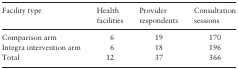
| Facility type | Health facilities | Provider respondents | Consultation sessions |
 | --- | --- | --- | --- |
 | Comparison arm | 6 | 19 | 170 |
 | Integra intervention arm | 6 | 18 | 196 |
 | Total | 12 | 37 | 366 |